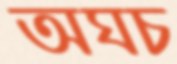
অঘচ